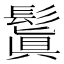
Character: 鬒